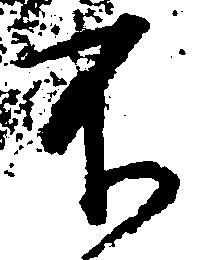
不